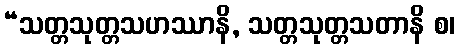
“သတ္တသုတ္တသဟဿာနိ, သတ္တသုတ္တသတာနိ စ၊